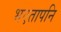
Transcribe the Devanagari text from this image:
भएतापनि